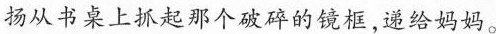
扬从书桌上抓起那个破碎的镜框，递给妈妈。